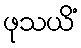
ဖုသယိံ